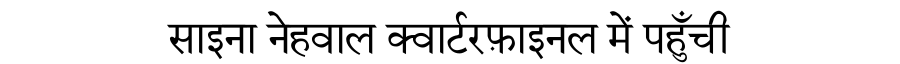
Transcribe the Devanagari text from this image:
साइना नेहवाल क्वार्टरफ़ाइनल में पहुँची